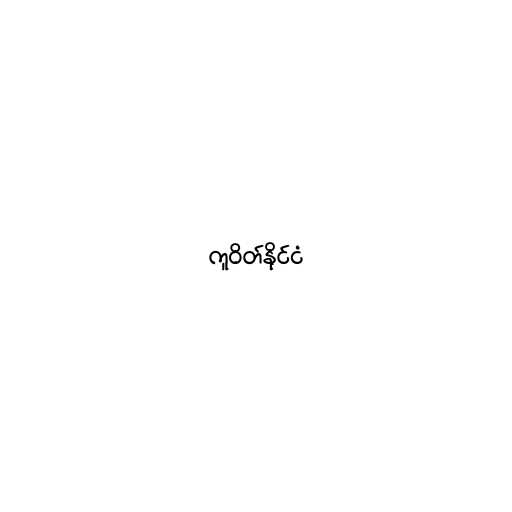
ကူဝိတ်နိုင်ငံ